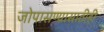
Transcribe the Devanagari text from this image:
जोपासण्यासाठीही